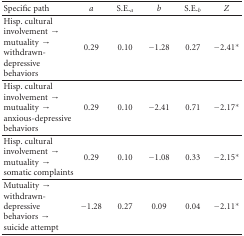
<table><thead><tr><td><b>Specific path</b></td><td><b><i>a</i></b></td><td><b>S.E.<sub><i>a</i></sub></b></td><td><b><i>b</i></b></td><td><b>S.E.<sub><i>b</i></sub></b></td><td><b><i>Z</i></b></td></tr></thead><tbody><tr><td>Hisp. cultural involvement → mutuality → withdrawn-depressive behaviors</td><td>0.29</td><td>0.10</td><td>−1.28</td><td>0.27</td><td>−2.41*</td></tr><tr><td>Hisp. cultural involvement → mutuality → anxious-depressive behaviors</td><td>0.29</td><td>0.10</td><td>−2.41</td><td>0.71</td><td>−2.17*</td></tr><tr><td>Hisp. cultural involvement → mutuality → somatic complaints</td><td>0.29</td><td>0.10</td><td>−1.08</td><td>0.33</td><td>−2.15*</td></tr><tr><td>Mutuality → withdrawn-depressive behaviors → suicide attempt</td><td>−1.28</td><td>0.27</td><td>0.09</td><td>0.04</td><td>−2.11*</td></tr></tbody></table>